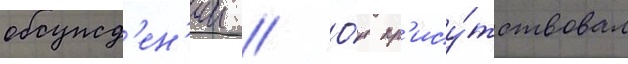
обсужд'ен'ии // О́н пр'ису́тствовал